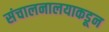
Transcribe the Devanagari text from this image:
संचालनालयाकडून